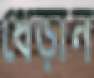
ধেড়ান